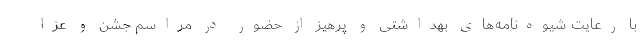
با رعایت شیوه‌نامه‌های بهداشتی و پرهیز از حضور در مراسم جشن و عزا